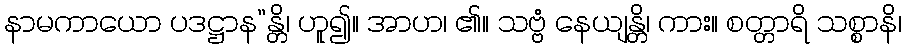
နာမကာယော ပဒဋ္ဌာန”န္တိ၊ ဟူ၍။ အာဟ၊ ၏။ သဗ္ဗံ နေယျန္တိ၊ ကား။ စတ္တာရိ သစ္စာနိ၊